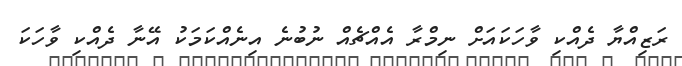
ރަޒިއްޔާ ދެއްކި ވާހަކައަށް ނިމްރާ އެއްޗެއް ނުބުނެ އިނެއްކަމަކު އޭނާ ދެއްކި ވާހަކަ